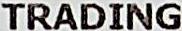
TRADING